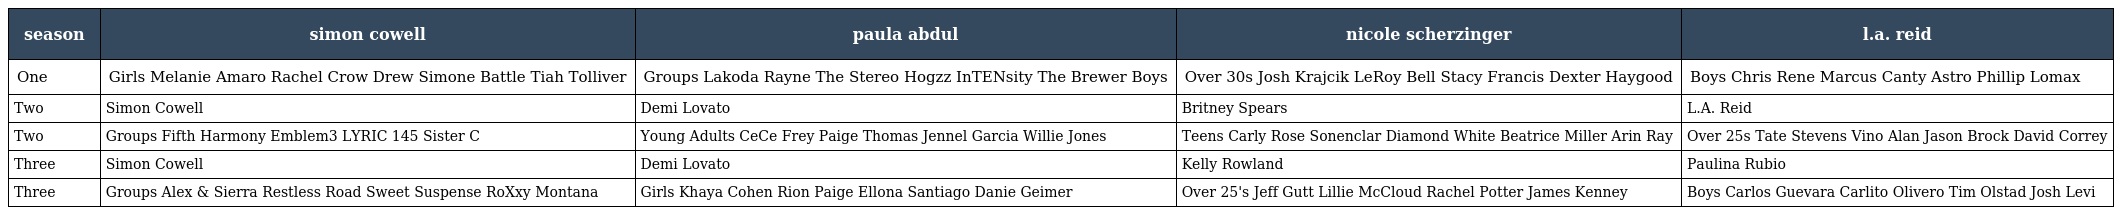
| season | simon cowell | paula abdul | nicole scherzinger | l.a. reid |
 | --- | --- | --- | --- | --- |
 | One | Girls Melanie Amaro Rachel Crow Drew Simone Battle Tiah Tolliver | Groups Lakoda Rayne The Stereo Hogzz InTENsity The Brewer Boys | Over 30s Josh Krajcik LeRoy Bell Stacy Francis Dexter Haygood | Boys Chris Rene Marcus Canty Astro Phillip Lomax |
 | Two | Simon Cowell | Demi Lovato | Britney Spears | L.A. Reid |
 | Two | Groups Fifth Harmony Emblem3 LYRIC 145 Sister C | Young Adults CeCe Frey Paige Thomas Jennel Garcia Willie Jones | Teens Carly Rose Sonenclar Diamond White Beatrice Miller Arin Ray | Over 25s Tate Stevens Vino Alan Jason Brock David Correy |
 | Three | Simon Cowell | Demi Lovato | Kelly Rowland | Paulina Rubio |
 | Three | Groups Alex & Sierra Restless Road Sweet Suspense RoXxy Montana | Girls Khaya Cohen Rion Paige Ellona Santiago Danie Geimer | Over 25's Jeff Gutt Lillie McCloud Rachel Potter James Kenney | Boys Carlos Guevara Carlito Olivero Tim Olstad Josh Levi |